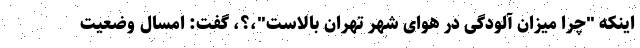
اینکه "چرا میزان آلودگی در هوای شهر تهران بالاست"،؟، گفت: امسال وضعیت